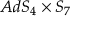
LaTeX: A d S _ { 4 } \times S _ { 7 }